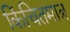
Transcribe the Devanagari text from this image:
किंचितमात्र